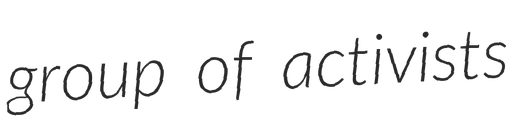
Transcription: group of activists